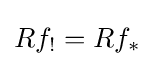
Rf_{!}=Rf_{\ast }